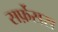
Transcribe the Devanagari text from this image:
सर्फ़ेसस